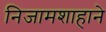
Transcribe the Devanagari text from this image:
निजामशाहाने